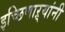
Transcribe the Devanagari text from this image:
इच्छिणाऱ्यांनी